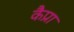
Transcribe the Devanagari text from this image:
कैप्रा